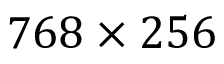
7 6 8 \times 2 5 6